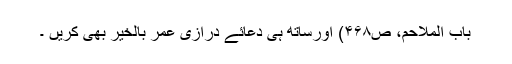
باب الملاحم، ص۴۶۸) اورساتھ ہی دعائے درازی عمر بالخیر بھی کریں ۔